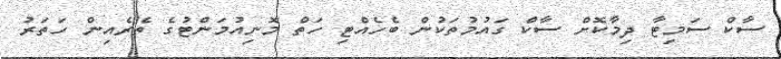
ސާކް ސަމިޓާ ދިމާކޮށް ސާކް ގައުމުތަކުން ބެހެއްޓި ހަތް މޮނިއުމަންޓުގެ ތެރެއިން ހަތަރު